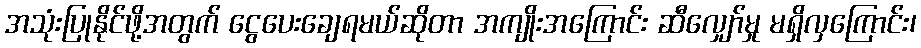
အသုံးပြုနိုင်ဖို့အတွက် ငွေပေးချေရမယ်ဆိုတာ အကျိုးအကြောင်း ဆီလျှော်မှု မရှိလှကြောင်း၊